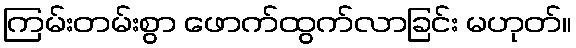
ကြမ်းတမ်းစွာ ဖောက်ထွက်လာခြင်း မဟုတ်။